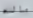
ماله